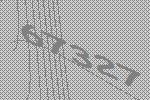
67327